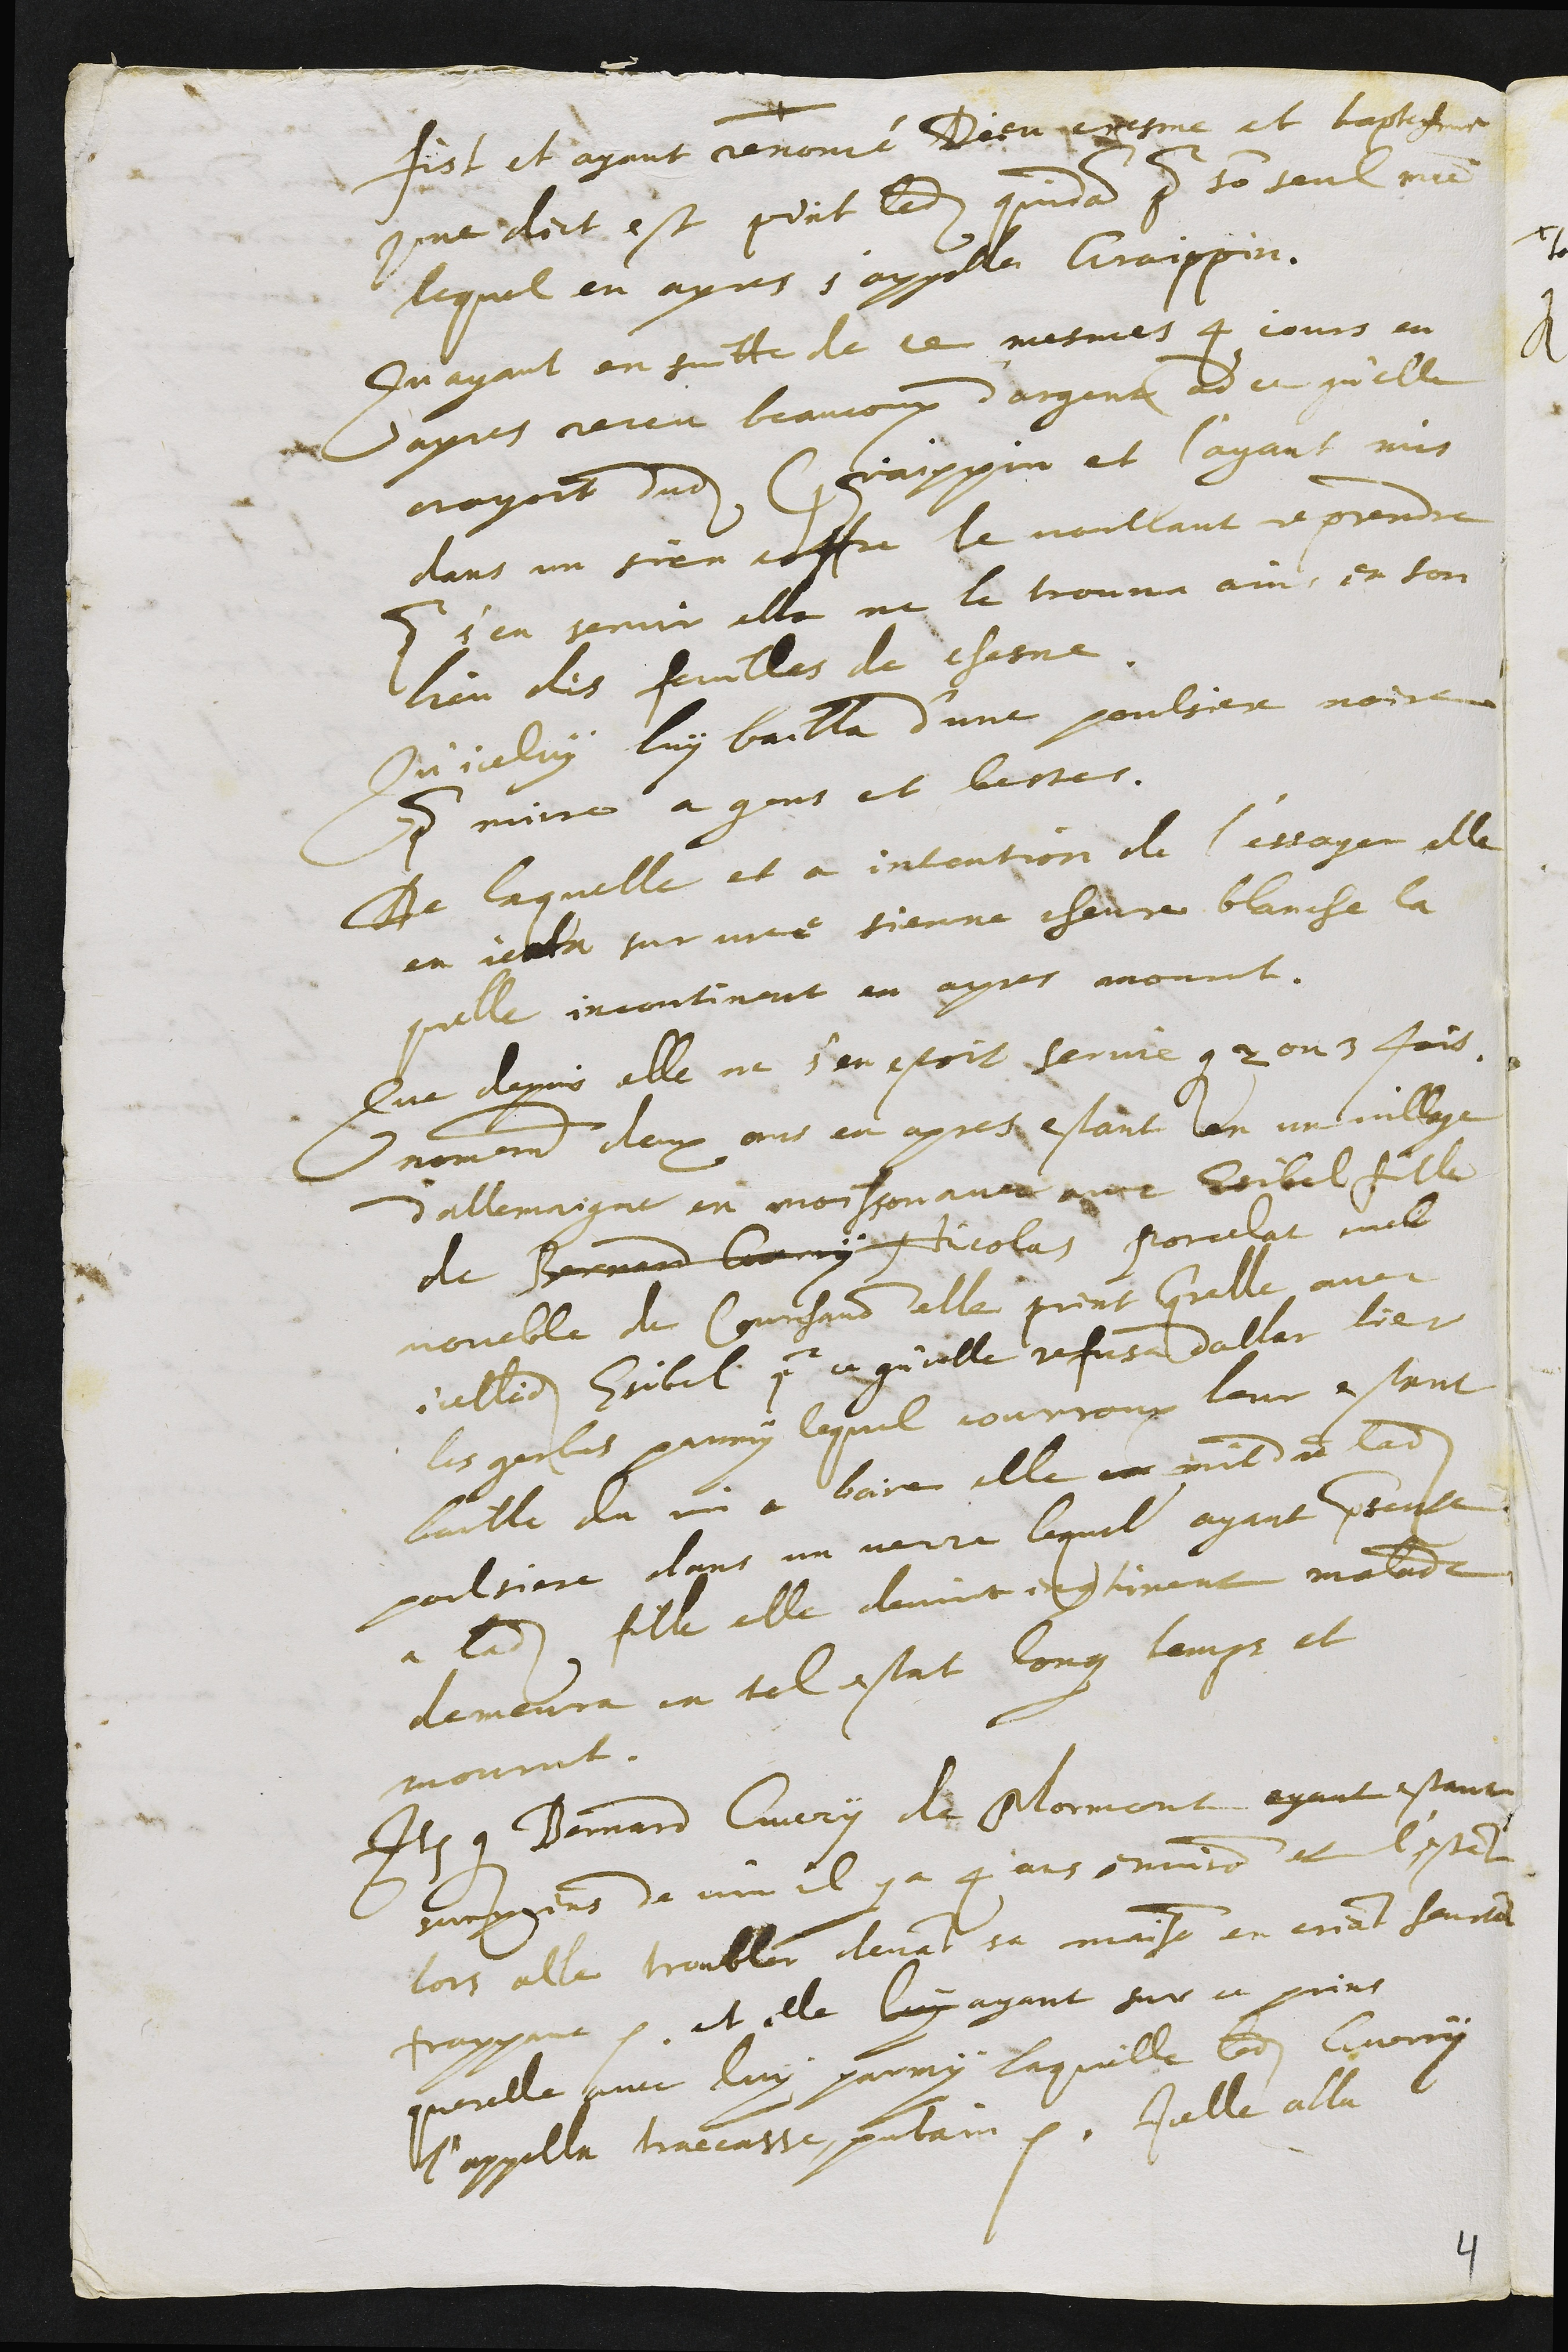
fist et ayant renoncé Dieu chresme et baptesme
comme dict est print ledit quidam pour son seul maitre
lequel en apres s'appella Graippin.
Qu'ayant ensuitte de ce mesmes 4 jours en
apres receu beaucoup d'argent ad ce qu'elle
croyoit dudit Graippin et l'ayant mis
dans un sien coffre le voullant reprendre
pour s'en servir elle ne le trouva ains en son
lieu des feuilles de chesne
Qu'iceluy luy bailla d'une poulsiere noire
pour nuire a gens et bestes.
De laquelle et a intention de l'essayer elle
en jecta sur une sienne chevre blanche la
quelle incontinant en apres mourut.
Que depuis elle ne s'en estoit servie que 2 ou 3 fois.
nomement deux ans en apres estant en un village
d'allemaigne en moisson avec avec Esibel fille
de Bernard Guerry Nicolas Porcelat viel
voueble de Courchavon elle print querelle avec
icelledite Esibel pour ce qu'icelle refusa daller lier
les gerbes parmy lequel courroux leur estant
baille du vin a boire elle me mit de ladite
poulsiere dans un verre lequel ayant presente
a ladite fille elle devint incontinent malade
demeura en tel estat long temps et
mourut.
Item que Bernard Guery de Mormont ayant estant
surprins de vin il y a 4 ans environ et l'estant
lors alle troubler devant sa maison en criant haustement
frappant etc. et elle luy ayant sur ce print
querelle avec luy parmy laquelle ledit Guerry
l'appella traccasse, putain etc. Icelle alla